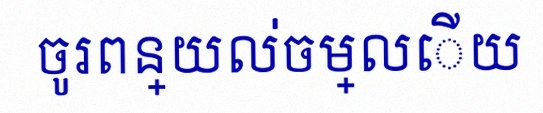
ចូរពន្យល់ចម្លើយ